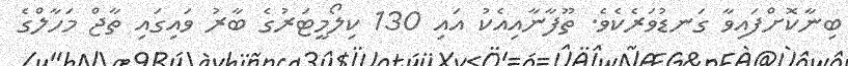
ބިނާކޮށްފައިވާ ގަނޑުވަރެކެވެ. ތޫފާނާއިއެކު އައި 130 ކިލޯމީޓަރުގެ ބާރު ވައިގައި ތާޖް މަހާލްގެ